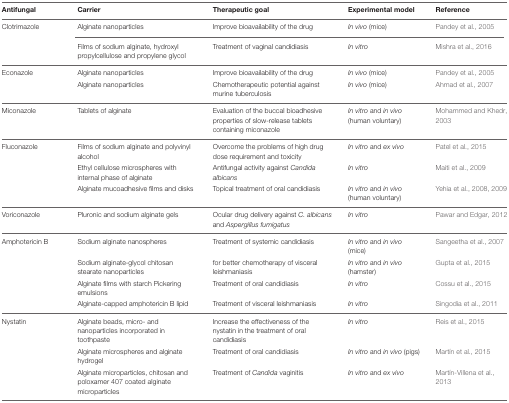
<table><thead><tr><td><b>Antifungal</b></td><td><b>Carrier</b></td><td><b>Therapeutic goal</b></td><td><b>Experimental model</b></td><td><b>Reference</b></td></tr></thead><tbody><tr><td>Clotrimazole</td><td>Alginate nanoparticles</td><td>Improve bioavailability of the drug</td><td><i>In vivo</i> (mice)</td><td>Pandey et al., 2005</td></tr><tr><td></td><td>Films of sodium alginate, hydroxyl propylcellulose and propylene glycol</td><td>Treatment of vaginal candidiasis</td><td><i>In vitro</i></td><td>Mishra et al., 2016</td></tr><tr><td>Econazole</td><td>Alginate nanoparticles</td><td>Improve bioavailability of the drug</td><td><i>In vivo</i> (mice)</td><td>Pandey et al., 2005</td></tr><tr><td></td><td>Alginate nanoparticles</td><td>Chemotherapeutic potential against murine tuberculosis</td><td><i>In vivo</i> (mice)</td><td>Ahmad et al., 2007</td></tr><tr><td>Miconazole</td><td>Tablets of alginate</td><td>Evaluation of the buccal bioadhesive properties of slow-release tablets containing miconazole</td><td><i>In vitro</i> and <i>in vivo</i> (human voluntary)</td><td>Mohammed and Khedr, 2003</td></tr><tr><td>Fluconazole</td><td>Films of sodium alginate and polyvinyl alcohol</td><td>Overcome the problems of high drug dose requirement and toxicity</td><td><i>In vitro</i> and <i>ex vivo</i></td><td>Patel et al., 2015</td></tr><tr><td></td><td>Ethyl cellulose microspheres with internal phase of alginate</td><td>Antifungal activity against <i>Candida albicans</i></td><td><i>In vitro</i></td><td>Maiti et al., 2009</td></tr><tr><td></td><td>Alginate mucoadhesive films and disks</td><td>Topical treatment of oral candidiasis</td><td><i>In vitro</i> and <i>in vivo</i> (human voluntary)</td><td>Yehia et al., 2008, 2009</td></tr><tr><td>Voriconazole</td><td>Pluronic and sodium alginate gels</td><td>Ocular drug delivery against <i>C. albicans</i> and <i>Aspergillus fumigatus</i></td><td><i>In vitro</i></td><td>Pawar and Edgar, 2012</td></tr><tr><td>Amphotericin B</td><td>Sodium alginate nanospheres</td><td>Treatment of systemic candidiasis</td><td><i>In vitro</i> and <i>in vivo</i> (mice)</td><td>Sangeetha et al., 2007</td></tr><tr><td></td><td>Sodium alginate-glycol chitosan stearate nanoparticles</td><td>for better chemotherapy of visceral leishmaniasis</td><td><i>In vitro</i> and <i>in vivo</i> (hamster)</td><td>Gupta et al., 2015</td></tr><tr><td></td><td>Alginate films with starch Pickering emulsions</td><td>Treatment of oral candidiasis</td><td><i>In vitro</i></td><td>Cossu et al., 2015</td></tr><tr><td></td><td>Alginate-capped amphotericin B lipid</td><td>Treatment of visceral leishmaniasis</td><td><i>In vitro</i></td><td>Singodia et al., 2011</td></tr><tr><td>Nystatin</td><td>Alginate beads, micro- and nanoparticles incorporated in toothpaste</td><td>Increase the effectiveness of the nystatin in the treatment of oral candidiasis</td><td><i>In vitro</i></td><td>Reis et al., 2015</td></tr><tr><td></td><td>Alginate microspheres and alginate hydrogel</td><td>Treatment of oral candidiasis</td><td><i>In vitro</i> and <i>in vivo</i> (pigs)</td><td>Martín et al., 2015</td></tr><tr><td></td><td>Alginate microparticles, chitosan and poloxamer 407 coated alginate microparticles</td><td>Treatment of <i>Candida</i> vaginitis</td><td><i>In vitro</i> and <i>ex vivo</i></td><td>Martín-Villena et al., 2013</td></tr></tbody></table>